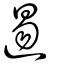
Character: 逷